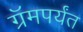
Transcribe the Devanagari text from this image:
ग्रॅमपर्यंत